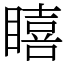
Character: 瞦